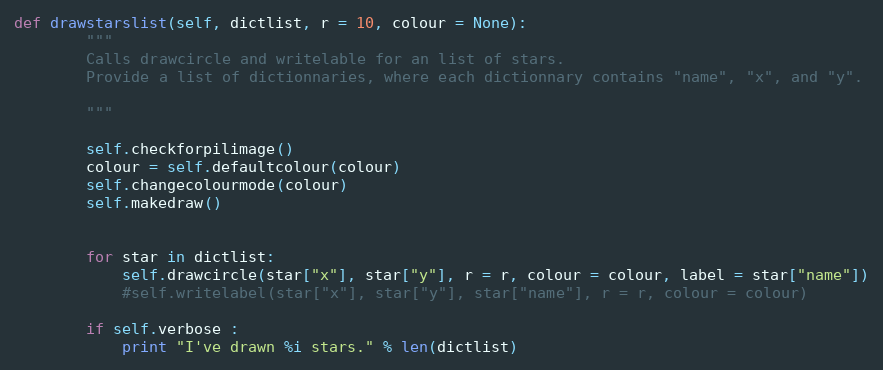
Language: Python
def drawstarslist(self, dictlist, r = 10, colour = None):
        """
        Calls drawcircle and writelable for an list of stars.
        Provide a list of dictionnaries, where each dictionnary contains "name", "x", and "y".

        """

        self.checkforpilimage()
        colour = self.defaultcolour(colour)
        self.changecolourmode(colour)
        self.makedraw()

        for star in dictlist:
            self.drawcircle(star["x"], star["y"], r = r, colour = colour, label = star["name"])
            #self.writelabel(star["x"], star["y"], star["name"], r = r, colour = colour)

        if self.verbose :
            print "I've drawn %i stars." % len(dictlist)